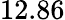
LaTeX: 12.86